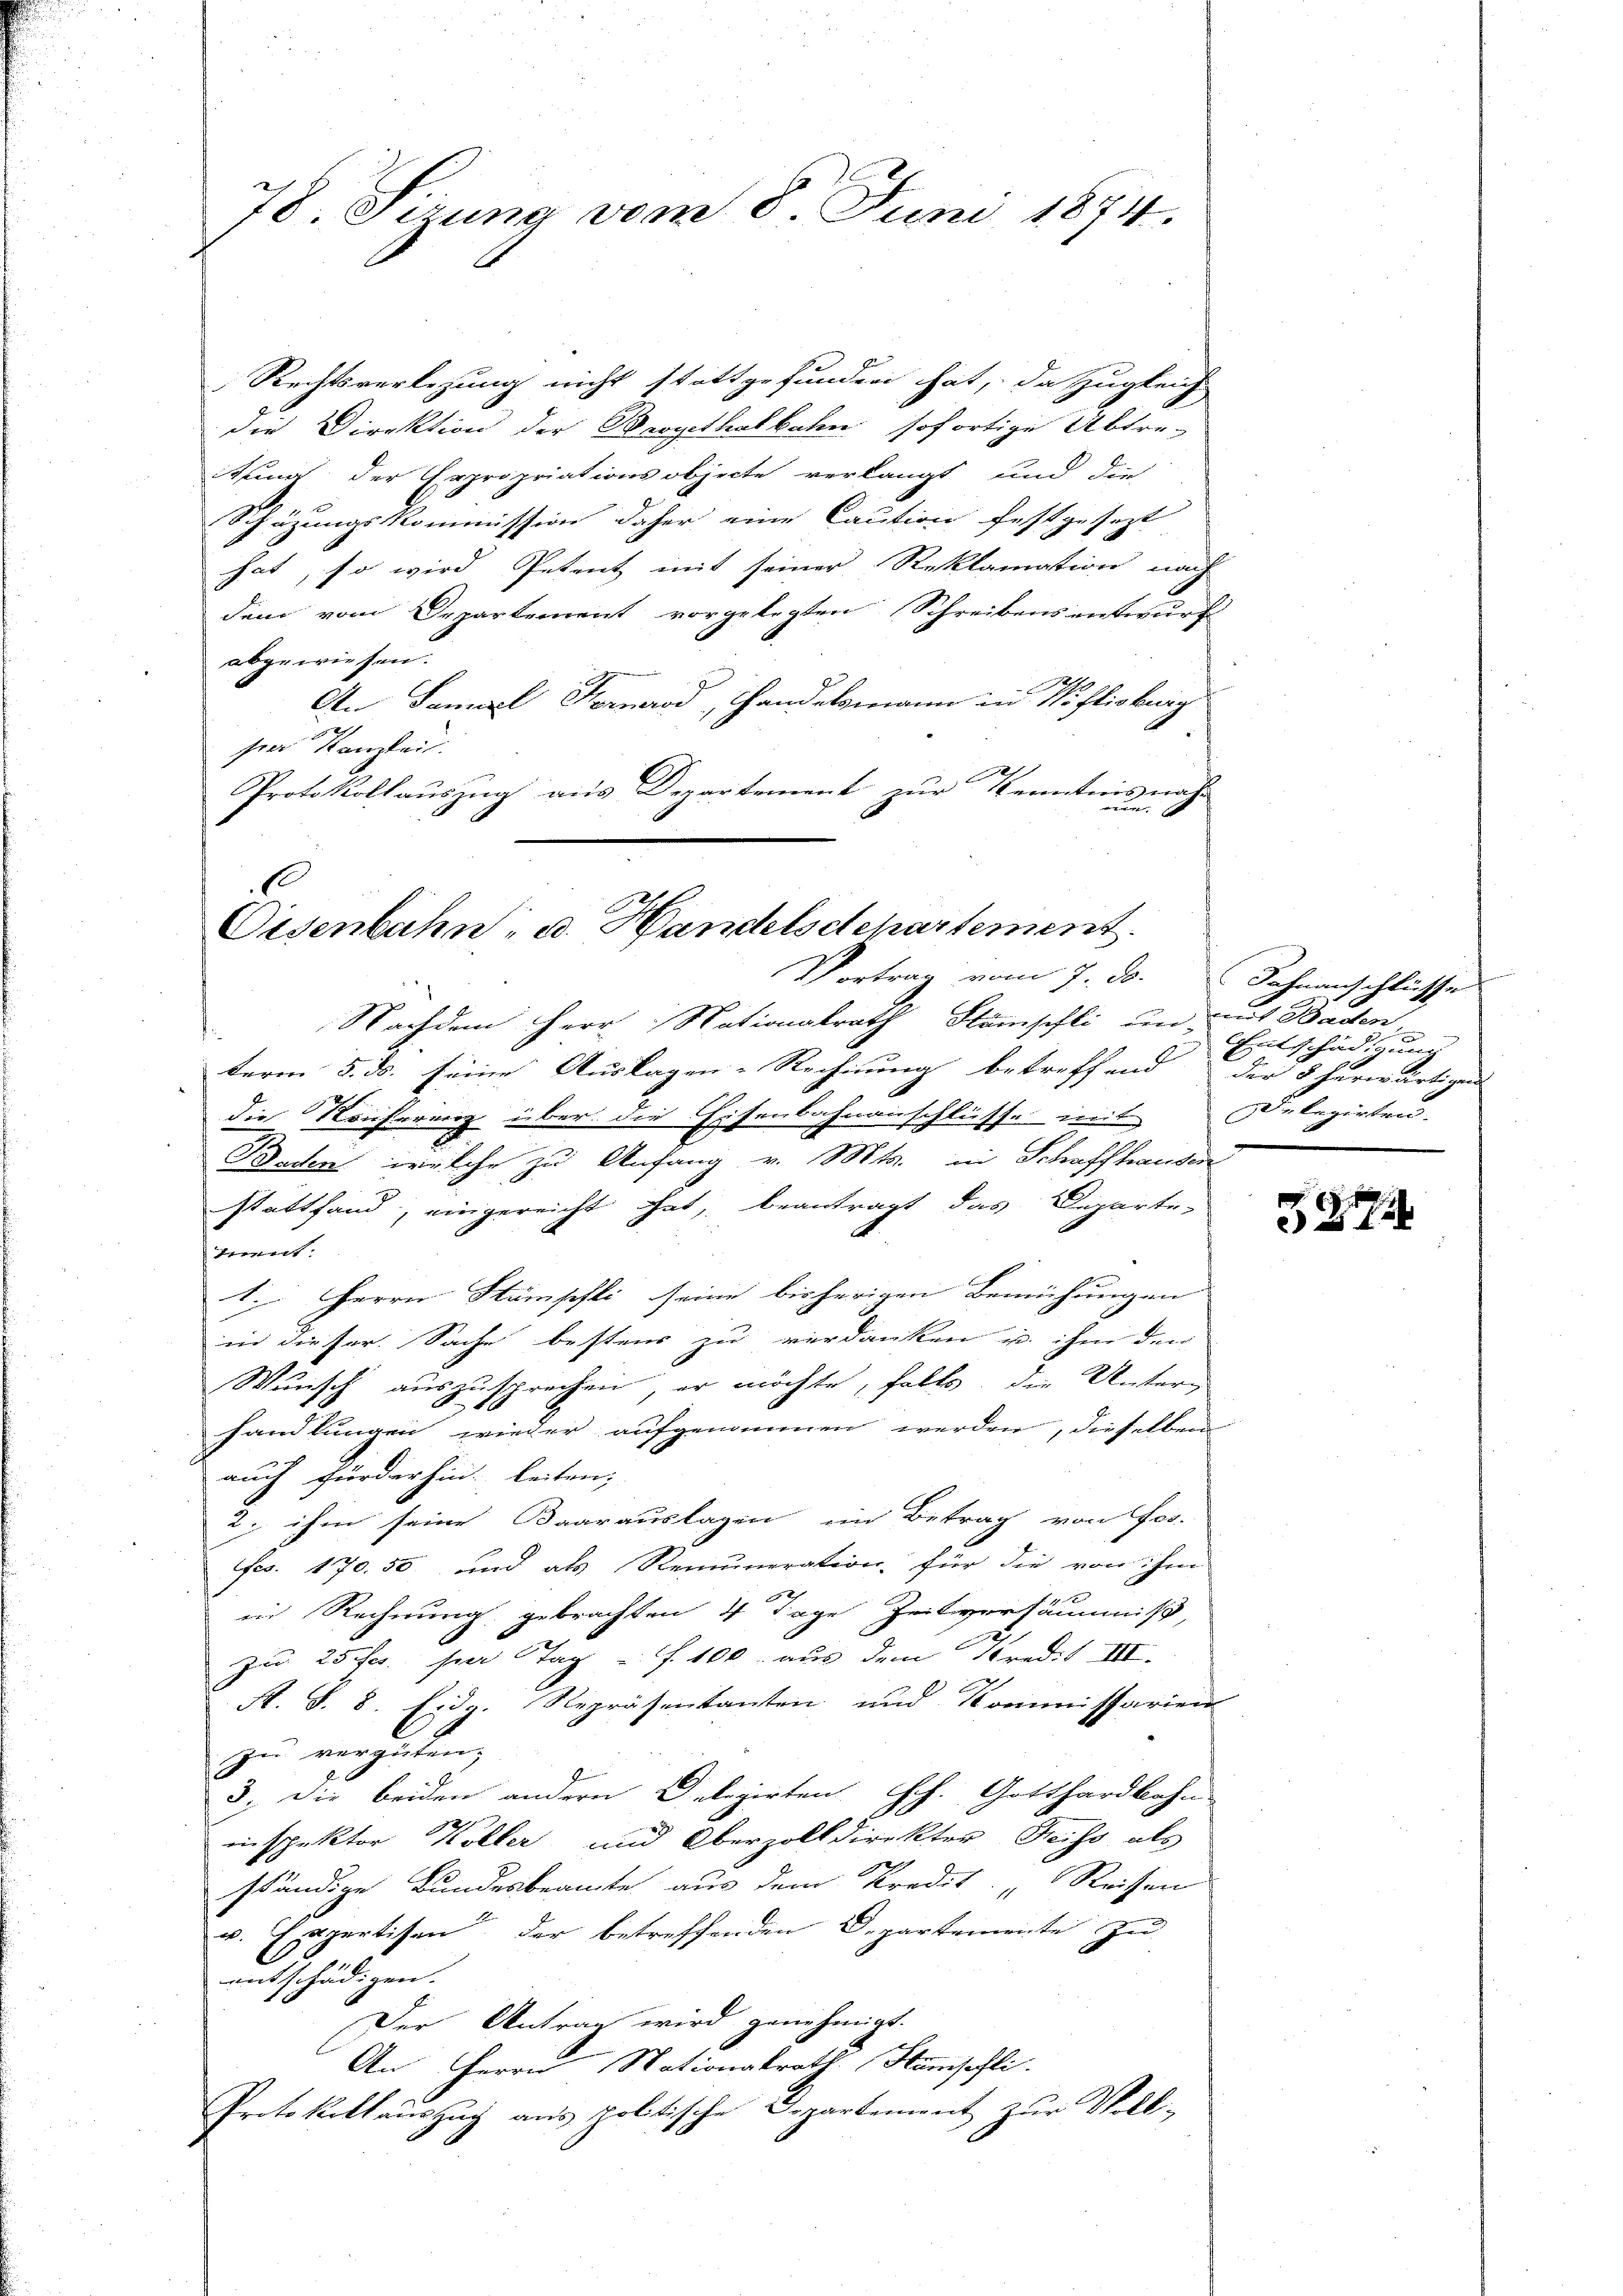
78. Sizung vom 8. Juni 1874.

Rechtsverlegung nicht stattgefunden hat, da zugleich
die Direktion der Bergethalbahn sofortige Abtre-
itung der Erpropriationsobjecte verlangt und die
Schäzungskommission daher eine Caution festgesezt
hat, so wird Petent mit seiner Reklamation nach
dem vom Departement vorgelegten Schreibens entwurf
abgewiesen.
An Samuel Hornrod, Handelsmann in Koflioburg
hrer Kanzlei.
Protokollauszug aus Departement zur Kenntnisnahe
u
E

Oisenbahn, u. Handelsdepartement
Vortrag vom 7. ds. Sohnanschlüsse

Nachdem Herr Nationalrath Stämschli un mit Baden
.
term 5. ds. seine Auslagen-Rechnung betreffend der 5 herwärtigen
die Konferenz über die Eisenbahnanschlüsse mit Delegirten-
Baden, welche zu Anfang v. Mts. in Schaffhanden
stattfand, eingereicht hat, beantragt das Departe-
Teent.
1. Herrn Stämschli seine bisherigen Bemühungen
in dieser Sache bestens zu verdanken u. ihm den
Wunsch auszusprechen, er möchte, falls, die Unterg
handlungen wieder aufgenommen werden, dieselben
auch fürderhin leiten;
2. ihm seine Baarauslagen im Betrag von For-
Fr. 170. 50 und als Remuneration für die von ihm
in Rechnung gebrachten 4 Tage Zeitversäumniß,
zu 25 Jes. per Tag f. 100. aus dem Predit III.
A. S. 8. Eidg. Repräsentanten und Kommissarien
zu vergüten;
3. Die beiden andern Delegirten Hch. Gotthardbahn
einspektor Koller und Oberzolldirekter Freiss als
ständige Bundesbeamte aus dem Kredit „Reissen
u. Expertisen der betreffenden Departemente zu
entschädigen. |
Der Antrag wird genehmigt.
An Herrn Nationalrath Humsehli
Protokollauszug aus politische Departement zur Volk-

Entschädigung

324